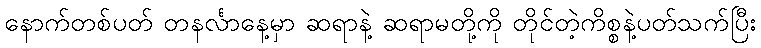
နောက်တစ်ပတ် တနင်္လာနေ့မှာ ဆရာနဲ့ ဆရာမတို့ကို တိုင်တဲ့ကိစ္စနဲ့ပတ်သက်ပြီး